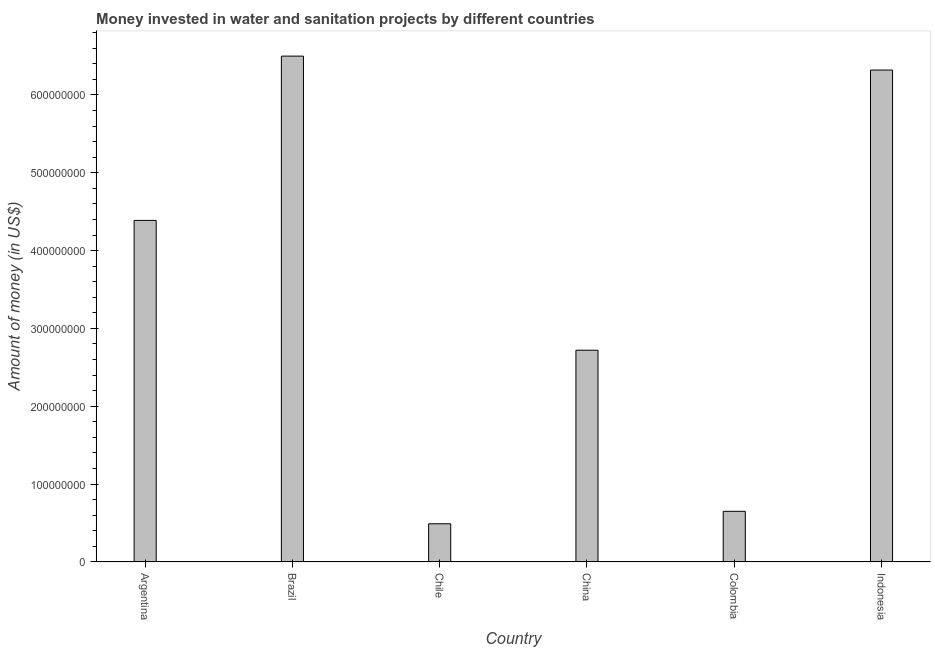
| Country | Investment |
 | --- | --- |
 | Argentina | 4.39e+08 |
 | Brazil | 6.5e+08 |
 | Chile | 4.9e+07 |
 | China | 2.72e+08 |
 | Colombia | 6.5e+07 |
 | Indonesia | 6.32e+08 |